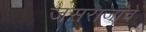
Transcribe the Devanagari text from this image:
जसराजांचे